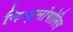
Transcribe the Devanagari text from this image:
किव्युलोपोलिस